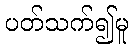
ပတ်သက်၍မူ